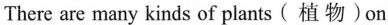
There are many kinds of plants ( 植物 ) on